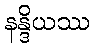
နန္ဒိယဿ